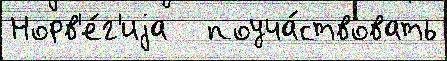
Норв'е́г'иjа   поуча́ствовать